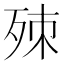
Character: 𣨁